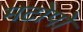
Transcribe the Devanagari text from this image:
मटोपो